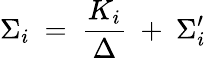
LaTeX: \Sigma_{i}~=~\frac{K_{i}}{\Delta}~+~\Sigma_{i}^{\prime}